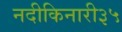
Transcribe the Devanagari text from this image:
नदीकिनारी३५